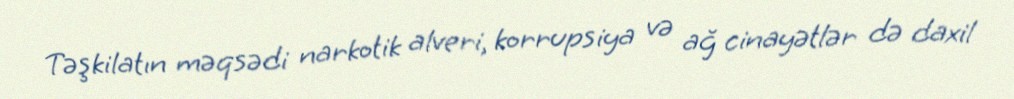
Təşkilatın məqsədi narkotik alveri, korrupsiya və ağ cinayətlər də daxil